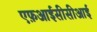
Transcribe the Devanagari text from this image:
एफ़आईसीसीआई